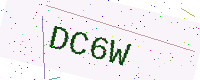
Text: DC6W